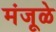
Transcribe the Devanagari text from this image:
मंजूळे